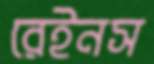
রেইনস